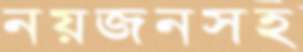
নয়জনসহ